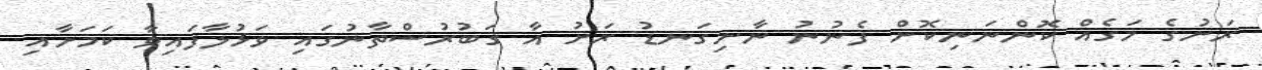
ރަށުގެ މަގެއް ކޮންނަނިކޮށް ފެނުނު ނާށިގަނޑު ރަށު އާ ގަބުރުސްތާނުގައި ވަޅުލާފައިވާ ކަމަށާއި